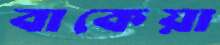
বাকেয়া